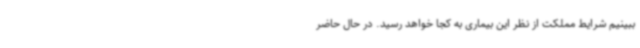
ببینیم شرایط مملکت از نظر این بیماری به کجا خواهد رسید. در حال حاضر